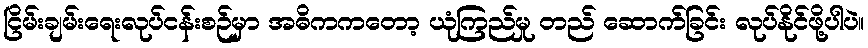
ငြိမ်းချမ်းရေးလုပ်ငန်းစဉ်မှာ အဓိကကတော့ ယုံကြည်မှု တည် ဆောက်ခြင်း လုပ်နိုင်ဖို့ပါပဲ။